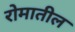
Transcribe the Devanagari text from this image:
रोमातील